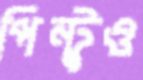
পিন্টুও